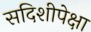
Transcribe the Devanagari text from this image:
सदिशीपेक्षा